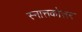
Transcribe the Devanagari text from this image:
स्नात्तकोत्तर